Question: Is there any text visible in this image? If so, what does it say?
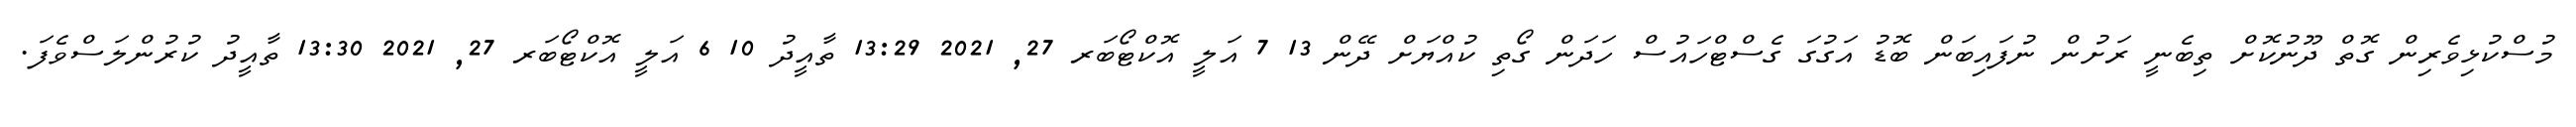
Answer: މުސްކުޅިވެރިން ގޮތް ދޫނުކޮށް ތިބެނީ ރަށުން ނުފައިބަން ބޮޑު އަގުގަ ގެސްޓްހައުސް ހަދަން ގޯތި ކުއްޔަށް ދޭން 13 7 އަލީ އޮކްޓޯބަރ 27, 2021 13:29 ތާއީދު 10 6 އަލީ އޮކްޓޯބަރ 27, 2021 13:30 ތާއީދު ކުރުންލަސްވެފަ.